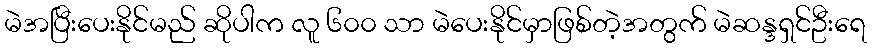
မဲအပြီးပေးနိုင်မည် ဆိုပါက လူ ၆၀၀ သာ မဲပေးနိုင်မှာဖြစ်တဲ့အတွက် မဲဆန္ဒရှင်ဦးရေ